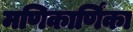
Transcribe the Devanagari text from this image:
मणिकार्णिंका